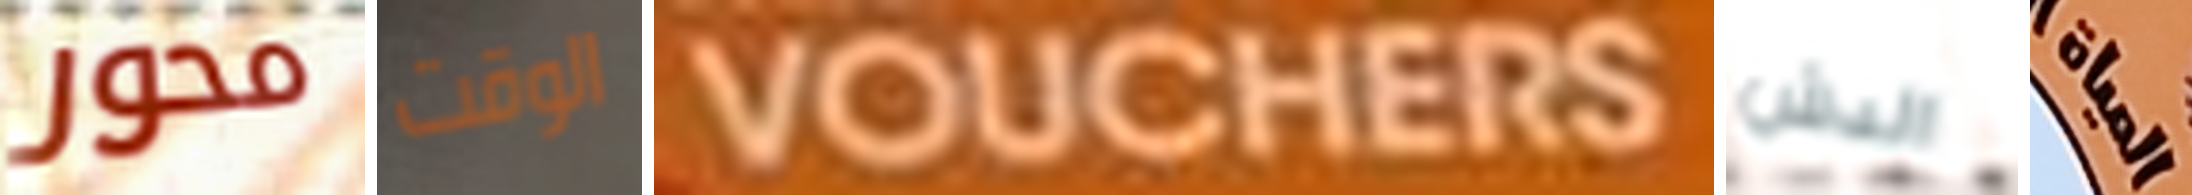
محور الوقت VOUCHERS الدش المياة